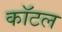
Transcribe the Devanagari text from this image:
कॉटल